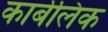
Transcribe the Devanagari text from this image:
कार्बलिक